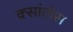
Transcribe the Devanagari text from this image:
क्सांतोस